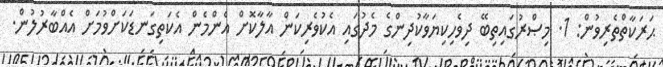
ޙަރަކާތްތެރިވުން: 1. މިޞްރުގައިތިބޭ ދިވެހިކިޔަވާކުދިންގެ މެދުގައި އެކުވެރިކަން އާލާކޮށް އެންމެން އެކަތިގަނޑަކަށްވުމަށް އެއްބާރުލުން.